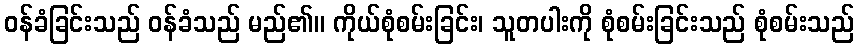
ဝန်ခံခြင်းသည် ဝန်ခံသည် မည်၏။ ကိုယ်စုံစမ်းခြင်း၊ သူတပါးကို စုံစမ်းခြင်းသည် စုံစမ်းသည်